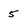
Character: 5